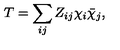
T = \sum _ { i j } Z _ { i j } \chi _ { i } \bar { \chi } _ { j } ,